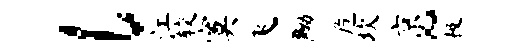
l江较寞飞黝危坎京~极